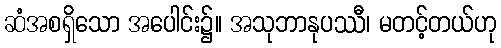
ဆံအစရှိသော အပေါင်း၌။ အသုဘာနုပဿီ၊ မတင့်တယ်ဟု